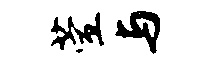
萱与